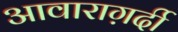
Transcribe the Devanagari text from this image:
आवाराग़र्दी